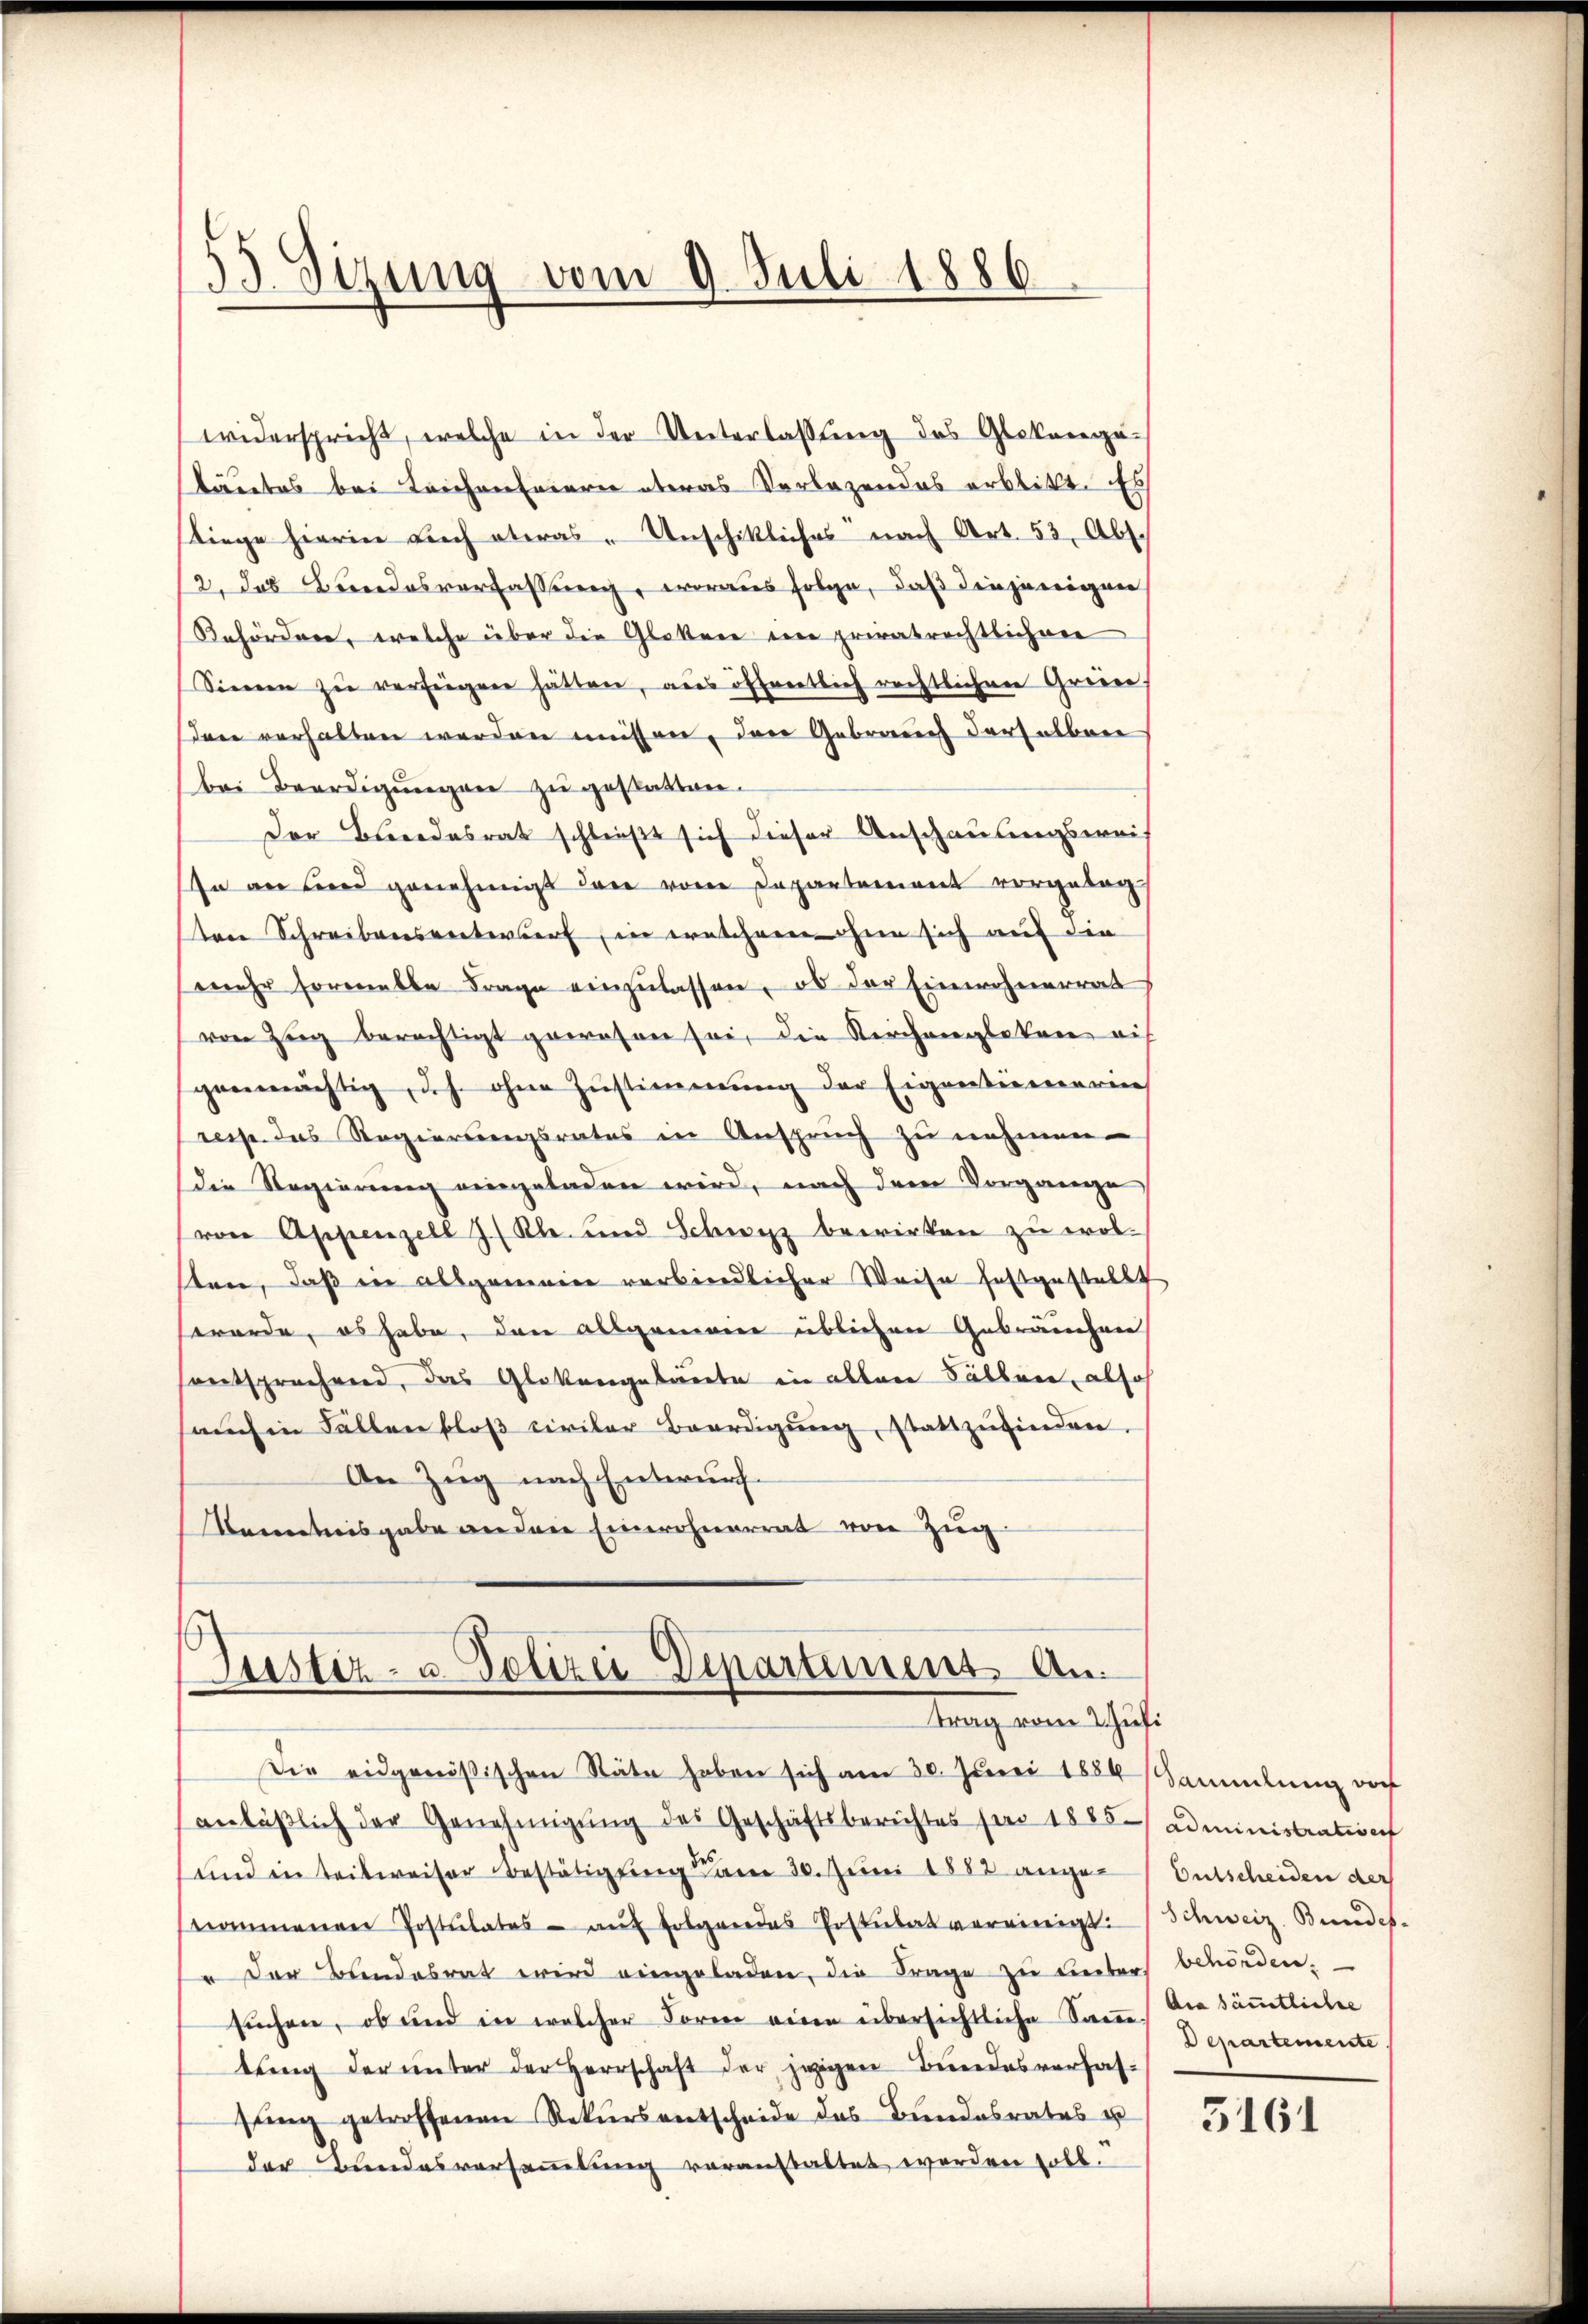
35. Sizung vom 9. Juli 1886.

widerspricht, welche in der Unterlassung des Glokengetäutes bei Leichenfeiern etwas Vorlagendes erblitt. Es
fliege hierin Liech ateras - Unschikliches nach Art. 53, Abs.
12. das Bundesverfassung, woraus folge, daß diejenigen
Gehördere, welche über die Glattene eine privatrechtlichen
Sinnen zu verfügen hätten, aus öffentlich rechtlichen Greier
den verhalten werden müssen, den Gebrauch derselben
bei Beerdigŭngen zu gestatten.
Der Bundesrat schließt sich dieser Anschausungswei-
In an sind genehmigt der von Departement vorgeleg
ten Schreibensentwurf, in welchem hier sich auf die
(mehr formalle Frage einzŭlassen, ob der Einwohnerrat
von Zug berechtigt gewesen sei, die Kirchengleten auf
genmächtig, d.h. ohne Zŭstimmung der Eigentienerin
resse das Regierungsrates in Anspruch zu nehmen
die Regierung eingeladen wird, nach dem Vorgange
von Appenzell I/Rh. und Schwyz bewirken zu wol-
stree, daß in allgemeine verbindlicher Weise festgestellt
werde, es habe, den allgemein üblichen Gebräuchen
sentsprechend, das Glattengekannte in allen Fällen, also
auch in Fällen bloß civiler Beerdigŭng, stattzufinden.
An Zug nach Entwurf.
Kenntnisgabe an der Einwohnerrat von Zug

ustiz- u. Polizei Departement An
trag von Schus

Die eidgenößischen Stäte haben sich am 30. Juni 1884 Sammlung vor
anläβlich der Genehmigŭng des Geschäftsberichtes pro 1885/ administration
und in teilweiser Bestätigung am 30. Juni 1882 angen Entscheiden der
nommenen Postulates aŭf folgendes Postulat vereinigt.
u der Bundesrat wird eingeladen, die Frage zu unters behörden.
suchen, ob und in welcher Form eine übersichtliche Sam Die sämmtliche
tŭng der ŭnter der Herrschaft der jezigen Bundesverfas-
sung getroffenen Rekursentscheide des Bundesrates u
der Bundesversammlung voranstaltet werden soll.

Schweiz. Bundes¬
Departemente

3161